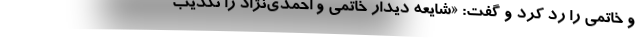
و خاتمی را رد کرد و گفت: «شایعه دیدار خاتمی و احمدی‌نژاد را تکذیب